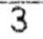
3